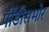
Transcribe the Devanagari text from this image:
पींडीसमोर